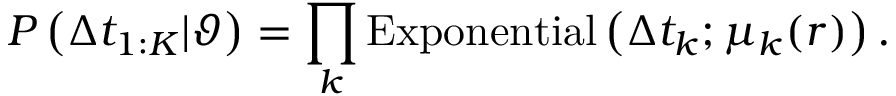
P \left( \Delta t _ { 1 : K } | \vartheta \right) = \prod _ { k } \mathrm { E x p o n e n t i a l } \left( \Delta t _ { k } ; \mu _ { k } ( r ) \right) .